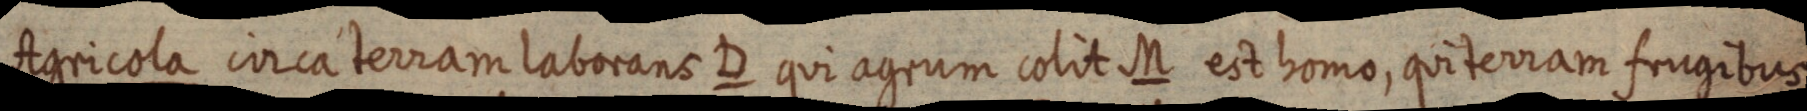
Agricola circa terram laborans D qui agrum colit M est homo, qui terram frugibus